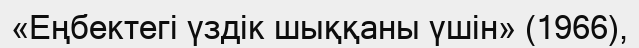
«Еңбектегі үздік шыққаны үшін» (1966),